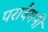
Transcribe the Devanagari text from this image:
परावैगनी